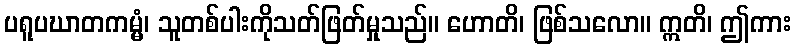
ပရူပဃာတကမ္မံ၊ သူတစ်ပါးကိုသတ်ဖြတ်မှုသည်။ ဟောတိ၊ ဖြစ်သလော။ ဣတိ၊ ဤကား